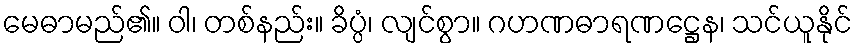
မေဓာမည်၏။ ဝါ၊ တစ်နည်း။ ခိပ္ပံ၊ လျင်စွာ။ ဂဟဏဓာရဏဋ္ဌေန၊ သင်ယူနိုင်